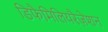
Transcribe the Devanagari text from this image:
डिफैमिलियरैज़ेशन